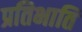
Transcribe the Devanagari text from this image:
प्रतिभाति